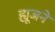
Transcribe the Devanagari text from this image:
ह्यूजने